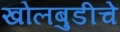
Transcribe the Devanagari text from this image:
खोलबुडीचे